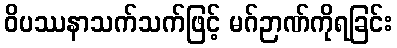
ဝိပဿနာသက်သက်ဖြင့် မဂ်ဉာဏ်ကိုရခြင်း